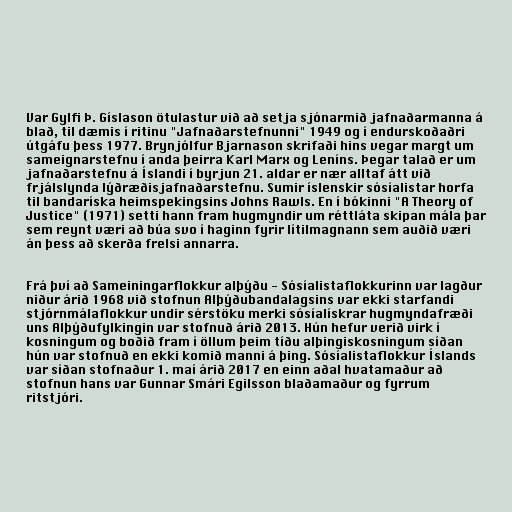
Var Gylfi Þ. Gíslason ötulastur við að setja sjónarmið jafnaðarmanna á
blað, til dæmis í ritinu "Jafnaðarstefnunni" 1949 og í endurskoðaðri
útgáfu þess 1977. Brynjólfur Bjarnason skrifaði hins vegar margt um
sameignarstefnu í anda þeirra Karl Marx og Leníns. Þegar talað er um
jafnaðarstefnu á Íslandi í byrjun 21. aldar er nær alltaf átt við
frjálslynda lýðræðisjafnaðarstefnu. Sumir íslenskir sósíalistar horfa
til bandaríska heimspekingsins Johns Rawls. En í bókinni "A Theory of
Justice" (1971) setti hann fram hugmyndir um réttláta skipan mála þar
sem reynt væri að búa svo í haginn fyrir lítilmagnann sem auðið væri
án þess að skerða frelsi annarra.

Frá því að Sameiningarflokkur alþýðu - Sósíalistaflokkurinn var lagður
niður árið 1968 við stofnun Alþýðubandalagsins var ekki starfandi
stjórnmálaflokkur undir sérstöku merki sósíalískrar hugmyndafræði
uns Alþýðufylkingin var stofnuð árið 2013. Hún hefur verið virk í
kosningum og boðið fram í öllum þeim tíðu alþingiskosningum síðan
hún var stofnuð en ekki komið manni á þing. Sósíalistaflokkur Íslands
var síðan stofnaður 1. maí árið 2017 en einn aðal hvatamaður að
stofnun hans var Gunnar Smári Egilsson blaðamaður og fyrrum
ritstjóri.